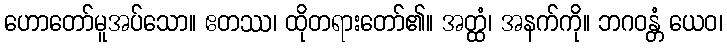
ဟောတော်မူအပ်သော။ ဧတဿ၊ ထိုတရားတော်၏။ အတ္ထံ၊ အနက်ကို။ ဘဂဝန္တံ ယေဝ၊